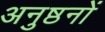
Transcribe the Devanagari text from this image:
अनुष्ठनों